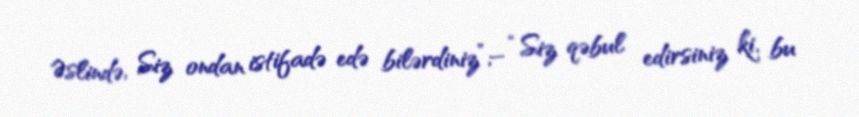
Əslində, Siz ondan istifadə edə bilərdiniz”;– “Siz qəbul edirsiniz ki, bu